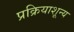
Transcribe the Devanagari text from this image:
प्रक्रियाशून्‍य